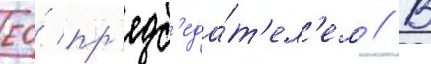
ео́ пр'едс'еда́т'ел'ем // В